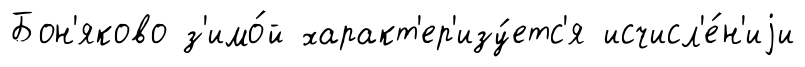
Бон'яково з'имо́й характ'ер'изу́етс'я исчисл'е́н'иjи